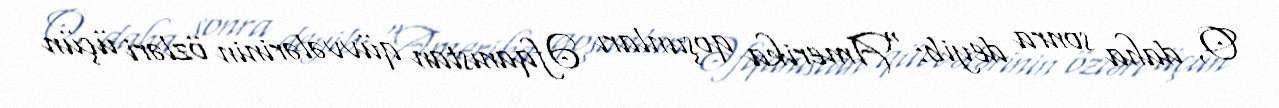
O, daha sonra deyib: “Amerika qoşunları Əfqanıstan qüvvələrinin özləri üçün